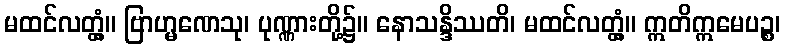
မထင်လတ္တံ့။ ဗြာဟ္မဏေသု၊ ပုဏ္ဏားတို့၌။ နောသန္ဒိဿတိ၊ မထင်လတ္တံ့။ ဣတိဣမေပဉ္စ၊